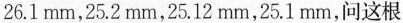
26.1mm，25.2mm，25.12mm，25.1mm，问这根